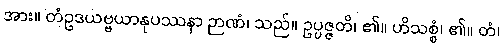
အား။ တံဥဒယဗ္ဗယာနုပဿနာ ဉာဏံ၊ သည်။ ဥပ္ပဇ္ဇတိ၊ ၏။ ဟိသစ္စံ၊ ၏။ တံ၊